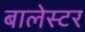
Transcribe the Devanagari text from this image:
बालेस्टर